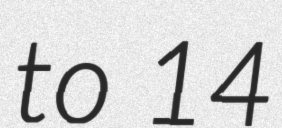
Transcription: to 14